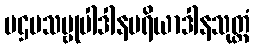
ပဌမသဗ္ဗုပါဒါနပရိယာဒါနသုတ္တံ